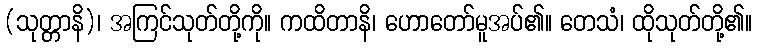
(သုတ္တာနိ)၊ အကြင်သုတ်တို့ကို။ ကထိတာနိ၊ ဟောတော်မူအပ်၏။ တေသံ၊ ထိုသုတ်တို့၏။